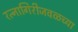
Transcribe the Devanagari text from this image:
रत्नागिरीजवळच्या